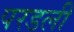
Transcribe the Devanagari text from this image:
परडली